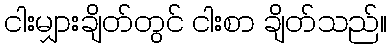
ငါးမျှားချိတ်တွင် ငါးစာ ချိတ်သည်။